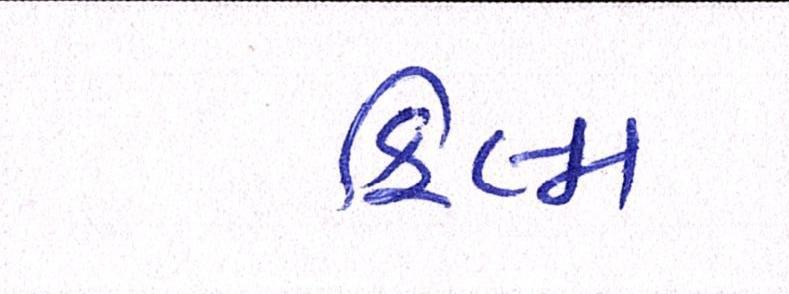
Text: ફિલ્મ